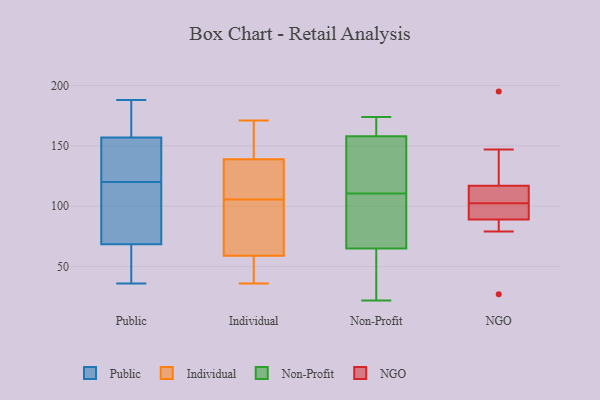
{"axis": {"x": "Population (Million)", "y": "Value"}, "legend": ["Individual", "NGO", "Non-Profit", "Public"], "data": [{"x": "", "y": 120, "type": "Public"}, {"x": "", "y": 124, "type": "Public"}, {"x": "", "y": 188, "type": "Public"}, {"x": "", "y": 94, "type": "Public"}, {"x": "", "y": 178, "type": "Public"}, {"x": "", "y": 165, "type": "Public"}, {"x": "", "y": 36, "type": "Public"}, {"x": "", "y": 62, "type": "Public"}, {"x": "", "y": 45, "type": "Public"}, {"x": "", "y": 147, "type": "Public"}, {"x": "", "y": 154, "type": "Public"}, {"x": "", "y": 70, "type": "Public"}, {"x": "", "y": 68, "type": "Public"}, {"x": "", "y": 158, "type": "Public"}, {"x": "", "y": 76, "type": "Public"}, {"x": "", "y": 110, "type": "Individual"}, {"x": "", "y": 98, "type": "Individual"}, {"x": "", "y": 159, "type": "Individual"}, {"x": "", "y": 73, "type": "Individual"}, {"x": "", "y": 36, "type": "Individual"}, {"x": "", "y": 48, "type": "Individual"}, {"x": "", "y": 59, "type": "Individual"}, {"x": "", "y": 110, "type": "Individual"}, {"x": "", "y": 119, "type": "Individual"}, {"x": "", "y": 139, "type": "Individual"}, {"x": "", "y": 57, "type": "Individual"}, {"x": "", "y": 171, "type": "Individual"}, {"x": "", "y": 141, "type": "Individual"}, {"x": "", "y": 101, "type": "Individual"}, {"x": "", "y": 56, "type": "Non-Profit"}, {"x": "", "y": 75, "type": "Non-Profit"}, {"x": "", "y": 71, "type": "Non-Profit"}, {"x": "", "y": 168, "type": "Non-Profit"}, {"x": "", "y": 39, "type": "Non-Profit"}, {"x": "", "y": 124, "type": "Non-Profit"}, {"x": "", "y": 22, "type": "Non-Profit"}, {"x": "", "y": 174, "type": "Non-Profit"}, {"x": "", "y": 158, "type": "Non-Profit"}, {"x": "", "y": 146, "type": "Non-Profit"}, {"x": "", "y": 97, "type": "Non-Profit"}, {"x": "", "y": 65, "type": "Non-Profit"}, {"x": "", "y": 161, "type": "Non-Profit"}, {"x": "", "y": 127, "type": "Non-Profit"}, {"x": "", "y": 89, "type": "NGO"}, {"x": "", "y": 103, "type": "NGO"}, {"x": "", "y": 195, "type": "NGO"}, {"x": "", "y": 147, "type": "NGO"}, {"x": "", "y": 102, "type": "NGO"}, {"x": "", "y": 27, "type": "NGO"}, {"x": "", "y": 100, "type": "NGO"}, {"x": "", "y": 117, "type": "NGO"}, {"x": "", "y": 109, "type": "NGO"}, {"x": "", "y": 79, "type": "NGO"}]}